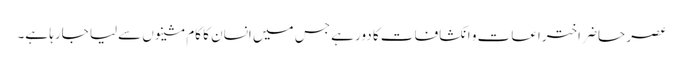
عصر حاضر اختراعات و انکشافات کا دور ہے جس میں انسان کا کام مشینوں سےلیا جارہا ہے۔